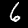
Digit: 6